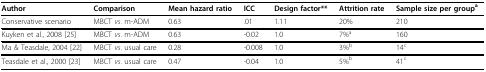
| Author | Comparison | Mean hazard ratio | ICC | Design factor** | Attrition rate | Sample size per groupa |
 | --- | --- | --- | --- | --- | --- | --- |
 | Conservative scenario | MBCT vs. m-ADM | 0.63 | .01 | 1.11 | 20% | 210 |
 | Kuyken et al., 2008 [25] | MBCT vs. m-ADM | 0.63 | -0.02 | 1.0 | 7%a | 160 |
 | Ma & Teasdale, 2004 [22] | MBCT vs. usual care | 0.28 | -0.008 | 1.0 | 3%b | 14c |
 | Teasdale et al., 2000 [23] | MBCT vs. usual care | 0.47 | -0.04 | 1.0 | 5%b | 41c |